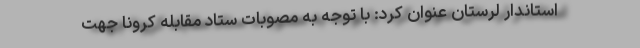
استاندار لرستان عنوان کرد: با توجه به مصوبات ستاد مقابله کرونا جهت